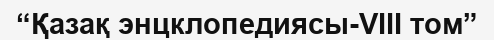
“Қазақ энцклопедиясы-VIII том”